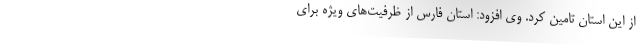
از این استان تامین کرد. وی افزود: استان فارس از ظرفیت‌های ویژه برای